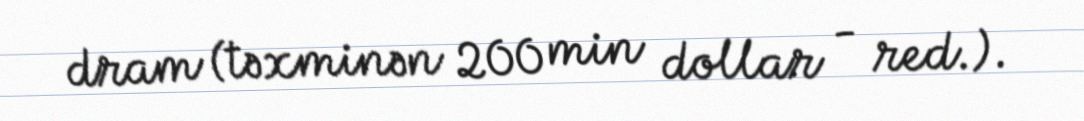
dram (təxminən 200 min dollar - red.).